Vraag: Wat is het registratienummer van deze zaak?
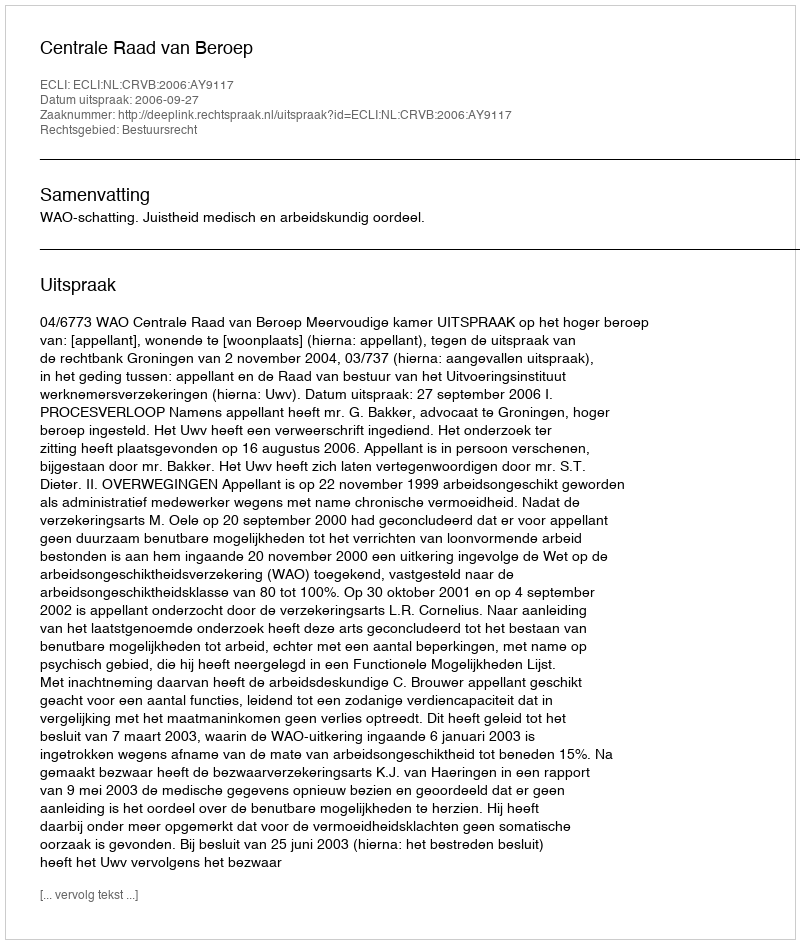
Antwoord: http://deeplink.rechtspraak.nl/uitspraak?id=ECLI:NL:CRVB:2006:AY9117